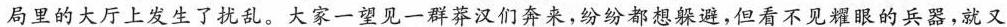
局里的大厅上发生了扰乱。大家一望见一群莽汉他奔来,纷纷都想躲避但看不见耀眼的兵器,就又